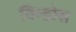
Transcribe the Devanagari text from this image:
विन्डोस